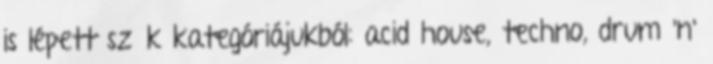
is lépett szűk kategóriájukból: acid house, techno, drum 'n'